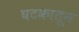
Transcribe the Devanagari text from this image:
घटकातून